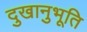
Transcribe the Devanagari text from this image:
दुखानुभूति